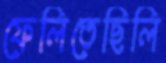
ফেলিতেছিলি